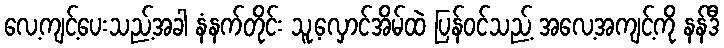
လေ့ကျင့်ပေးသည့်အခါ နံနက်တိုင်း သူ့လှောင်အိမ်ထဲ ပြန်ဝင်သည့် အလေ့အကျင့်ကို နန်ဒီ